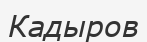
Кадыров